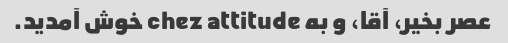
عصر بخیر، آقا، و به chez attitude خوش آمدید.